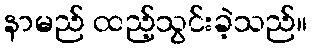
နာမည် ထည့်သွင်းခဲ့သည်။